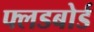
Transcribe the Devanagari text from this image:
फ्लडबोर्ड